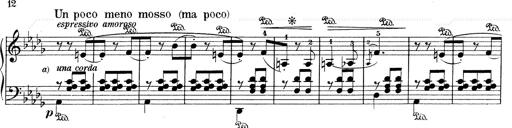
Title: Mephisto Waltz No.1
Composer: Franz Liszt